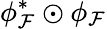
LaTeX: \phi_{\mathcal{F}}^{*}\odot\phi_{\mathcal{F}}